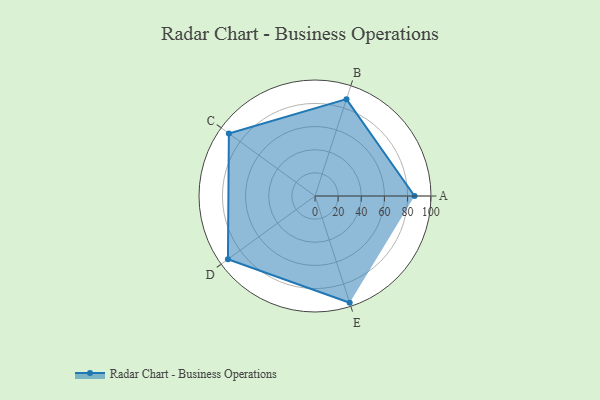
{"axis": {"x": "Skill", "y": "Score"}, "legend": ["Profile"], "data": [{"x": "A", "y": 86.0, "type": "Profile"}, {"x": "B", "y": 88.0, "type": "Profile"}, {"x": "C", "y": 92.0, "type": "Profile"}, {"x": "D", "y": 93.0, "type": "Profile"}, {"x": "E", "y": 97.0, "type": "Profile"}]}